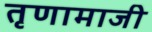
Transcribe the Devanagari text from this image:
तृणामाजी